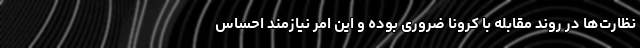
نظارت‌ها در روند مقابله با کرونا ضروری بوده و این امر نیازمند احساس